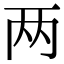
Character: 两